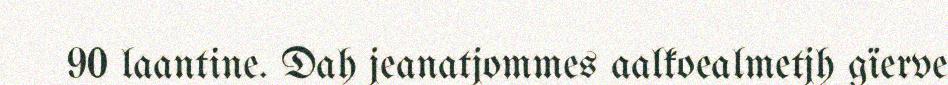
90 laantine. Dah jeanatjommes aalkoealmetjh gïerve